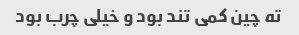
ته چین کمی تند بود و خیلی چرب بود